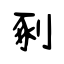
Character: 剢